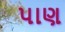
પાણ